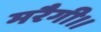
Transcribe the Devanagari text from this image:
मरैगी।।